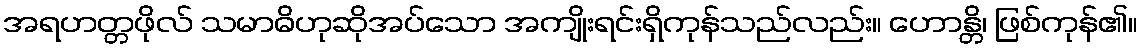
အရဟတ္တဖိုလ် သမာဓိဟုဆိုအပ်သော အကျိုးရင်းရှိကုန်သည်လည်း။ ဟောန္တိ၊ ဖြစ်ကုန်၏။